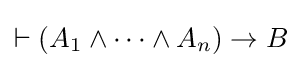
\vdash (A_{1}\land \cdots \land A_{n})\rightarrow B